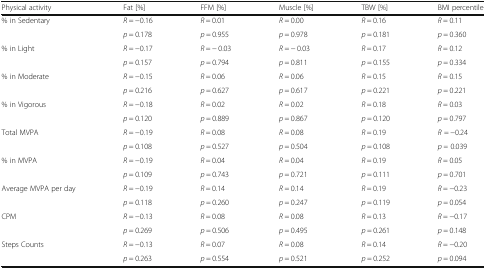
| Physical activity | Fat [%] | FFM [%] | Muscle [%] | TBW [%] | BMI percentile |
 | --- | --- | --- | --- | --- | --- |
 | <ROWSPAN=2> % in Sedentary | R = −0.16 | R = 0.01 | R = 0.00 | R = 0.16 | R = 0.11 |
 | p = 0.178 | p = 0.955 | p = 0.978 | p = 0.181 | p = 0.360 |
 | <ROWSPAN=2> % in Light | R = −0.17 | R = − 0.03 | R = − 0.03 | R = 0.17 | R = 0.12 |
 | p = 0.157 | p = 0.794 | p = 0.811 | p = 0.155 | p = 0.334 |
 | <ROWSPAN=2> % in Moderate | R = −0.15 | R = 0.06 | R = 0.06 | R = 0.15 | R = 0.15 |
 | p = 0.216 | p = 0.627 | p = 0.617 | p = 0.221 | p = 0.221 |
 | <ROWSPAN=2> % in Vigorous | R = −0.18 | R = 0.02 | R = 0.02 | R = 0.18 | R = 0.03 |
 | p = 0.120 | p = 0.889 | p = 0.867 | p = 0.120 | p = 0.797 |
 | <ROWSPAN=2> Total MVPA | R = −0.19 | R = 0.08 | R = 0.08 | R = 0.19 | R = −0.24 |
 | p = 0.108 | p = 0.527 | p = 0.504 | p = 0.108 | p = 0.039 |
 | <ROWSPAN=2> % in MVPA | R = −0.19 | R = 0.04 | R = 0.04 | R = 0.19 | R = 0.05 |
 | p = 0.109 | p = 0.743 | p = 0.721 | p = 0.111 | p = 0.701 |
 | <ROWSPAN=2> Average MVPA per day | R = −0.19 | R = 0.14 | R = 0.14 | R = 0.19 | R = −0.23 |
 | p = 0.118 | p = 0.260 | p = 0.247 | p = 0.119 | p = 0.054 |
 | <ROWSPAN=2> CPM | R = −0.13 | R = 0.08 | R = 0.08 | R = 0.13 | R = −0.17 |
 | p = 0.269 | p = 0.506 | p = 0.495 | p = 0.261 | p = 0.148 |
 | <ROWSPAN=2> Steps Counts | R = −0.13 | R = 0.07 | R = 0.08 | R = 0.14 | R = −0.20 |
 | p = 0.263 | p = 0.554 | p = 0.521 | p = 0.252 | p = 0.094 |